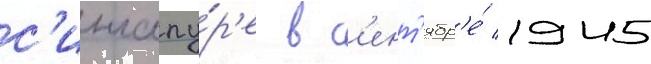
с'ингапу́р'е в с'ент'ябр'е́ 1945